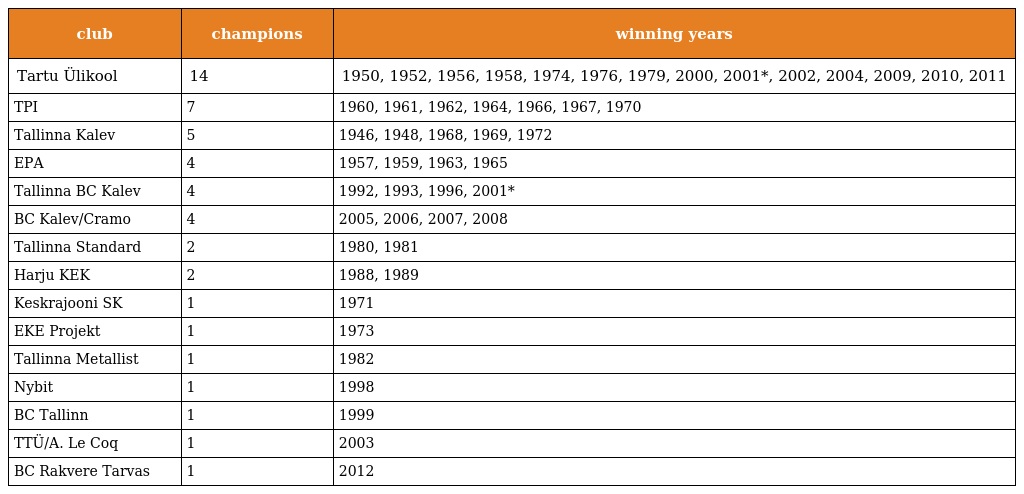
| club | champions | winning years |
 | --- | --- | --- |
 | Tartu Ülikool | 14 | 1950, 1952, 1956, 1958, 1974, 1976, 1979, 2000, 2001*, 2002, 2004, 2009, 2010, 2011 |
 | TPI | 7 | 1960, 1961, 1962, 1964, 1966, 1967, 1970 |
 | Tallinna Kalev | 5 | 1946, 1948, 1968, 1969, 1972 |
 | EPA | 4 | 1957, 1959, 1963, 1965 |
 | Tallinna BC Kalev | 4 | 1992, 1993, 1996, 2001* |
 | BC Kalev/Cramo | 4 | 2005, 2006, 2007, 2008 |
 | Tallinna Standard | 2 | 1980, 1981 |
 | Harju KEK | 2 | 1988, 1989 |
 | Keskrajooni SK | 1 | 1971 |
 | EKE Projekt | 1 | 1973 |
 | Tallinna Metallist | 1 | 1982 |
 | Nybit | 1 | 1998 |
 | BC Tallinn | 1 | 1999 |
 | TTÜ/A. Le Coq | 1 | 2003 |
 | BC Rakvere Tarvas | 1 | 2012 |